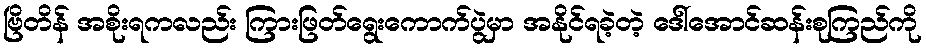
ဗြိတိန် အစိုးရကလည်း ကြားဖြတ်ရွေးကောက်ပွဲမှာ အနိုင်ရခဲ့တဲ့ ဒေါ်အောင်ဆန်းစုကြည်ကို